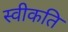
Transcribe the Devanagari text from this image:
स्वीकति